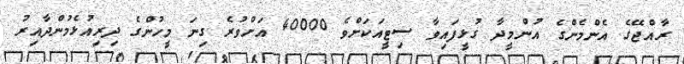
ރާއްޖޭގެ އެންމެންގެ އުންމީދާ ގުޅީފައިވާ ސިޓީއަކަށްވެ 40000 އަށްވުރެ ގިނަ މީހުންގެ ދިރިއުޅެމުންދާއިރު